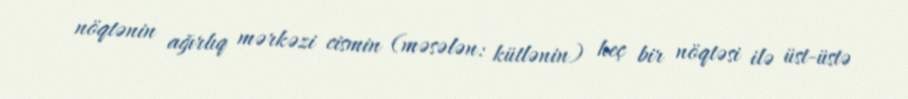
nöqtənin ağırlıq mərkəzi cismin (məsələn: kütlənin) heç bir nöqtəsi ilə üst-üstə